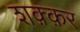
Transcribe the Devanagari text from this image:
शक़्क़र